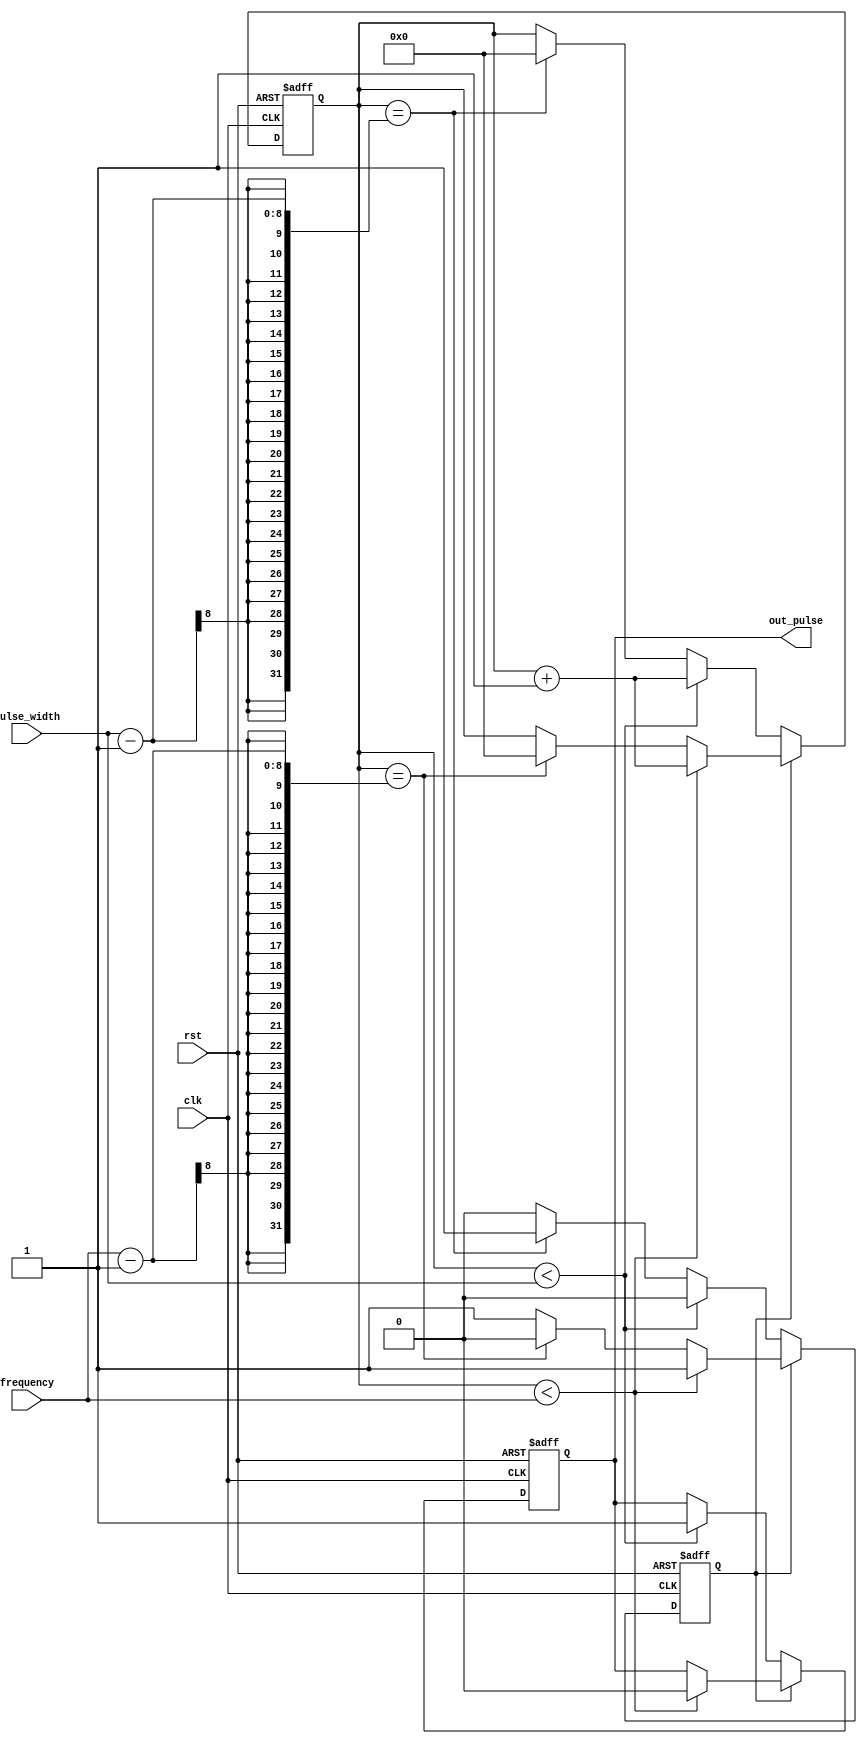
module SimplePulseGenerator(
    input wire clk,
    input wire rst,
    input wire [7:0] pulse_width,
    input wire [7:0] frequency,
    output reg out_pulse
);

reg [7:0] counter;
reg pulse_synced;

always @(posedge clk or posedge rst) begin
    if (rst) begin
        counter <= 8'd0;
        pulse_synced <= 1'b0;
        out_pulse <= 1'b0;
    end else begin
        if (pulse_synced) begin
            if (counter < frequency) begin
                counter <= counter + 1;
                out_pulse <= 1'b0;
            end else if (counter == frequency - 1) begin
                pulse_synced <= 1'b0;
                counter <= 8'd0;
            end
        end else begin
            if (counter < pulse_width) begin
                counter <= counter + 1;
                out_pulse <= 1'b1;
            end else if (counter == pulse_width - 1) begin
                pulse_synced <= 1'b1;
                counter <= 8'd0;
            end
        end
    end
end

endmodule